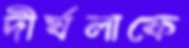
দীর্ঘলাফে